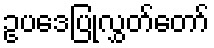
ဥပဒေပြုလွှတ်တော်